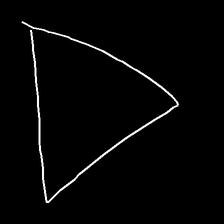
Glyph: convergence